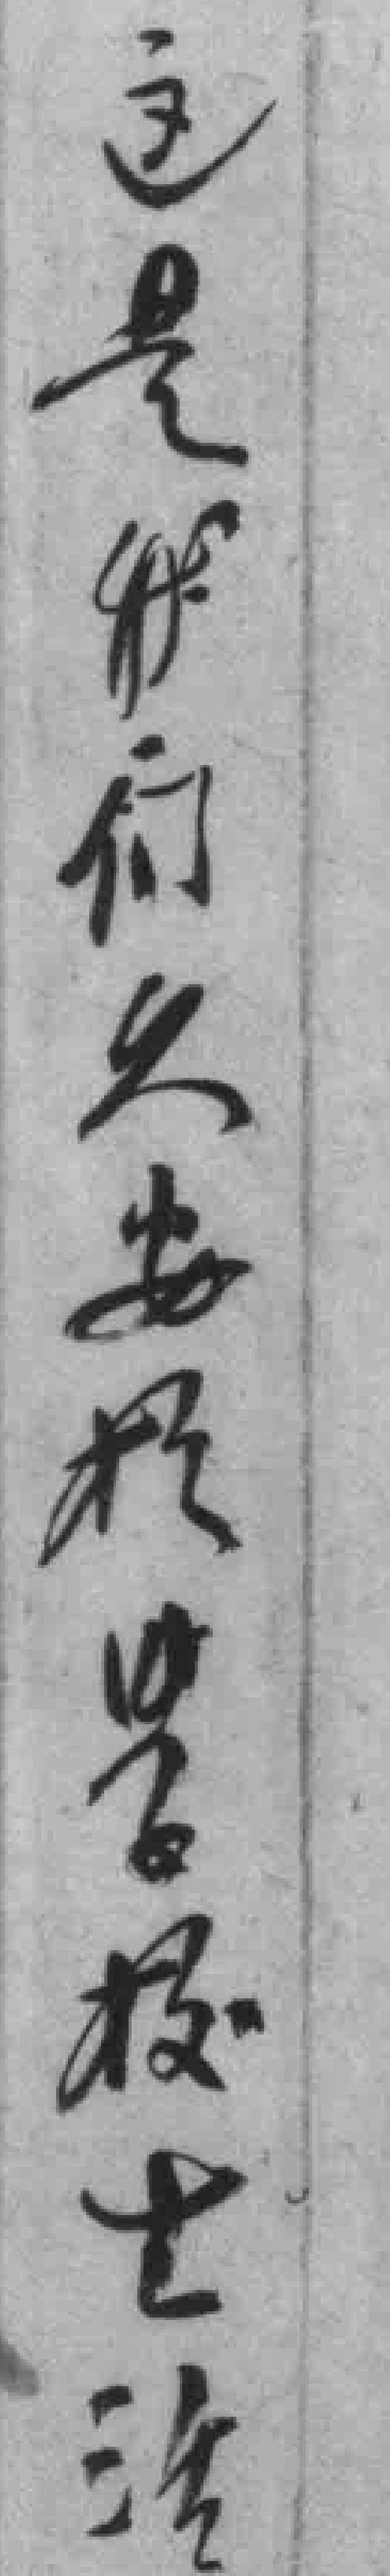
这是我们久安扵学校生活